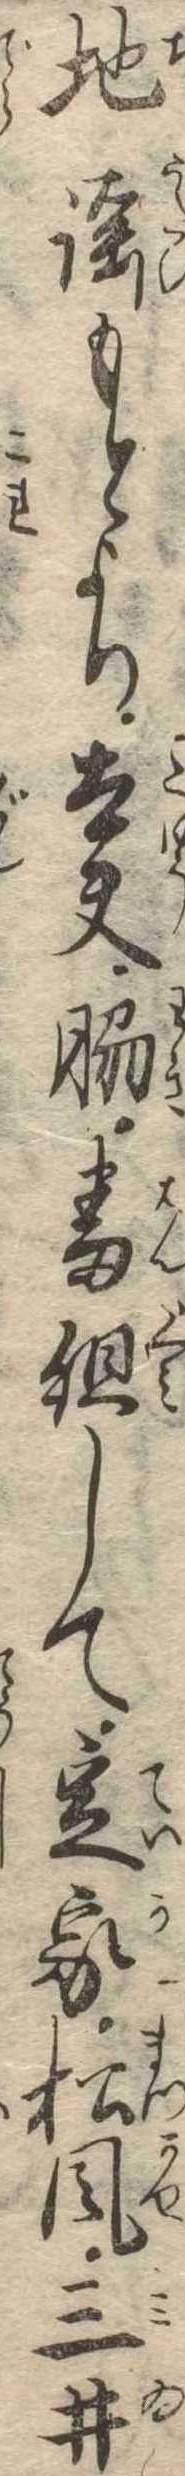
地謡もとより太夫脇番組して定家松風三井